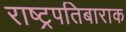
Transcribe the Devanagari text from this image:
राष्ट्रपतिबाराक